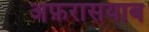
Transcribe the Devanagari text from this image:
अफ़रासयाब